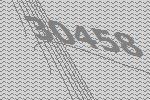
30458